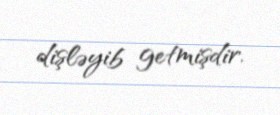
dişləyib getmişdir.